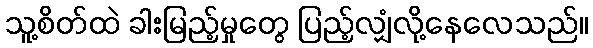
သူ့စိတ်ထဲ ခါးမြည့်မှုတွေ ပြည့်လျှံလို့နေလေသည်။